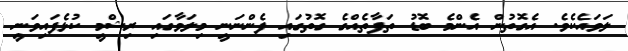
ލަވައެކެވެ. އެގޮތުން އެންމެ ބޮޑު ތަފާތެއްގެ ގޮތުގައި ފެންނަނީ މިލަވާގައި ރިޝްމީ ކުޅެފައިވަނީ